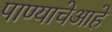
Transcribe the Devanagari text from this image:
पाण्याचेआहे